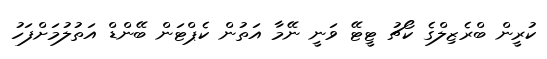
ކުރީން ބްރެޒިލްގެ ކޯޗު ޓީޓޭ ވަނީ ނޭމާ އަތުން ކެޕްޓަން ބޭންޑް އަތުލުމަށްފަހު